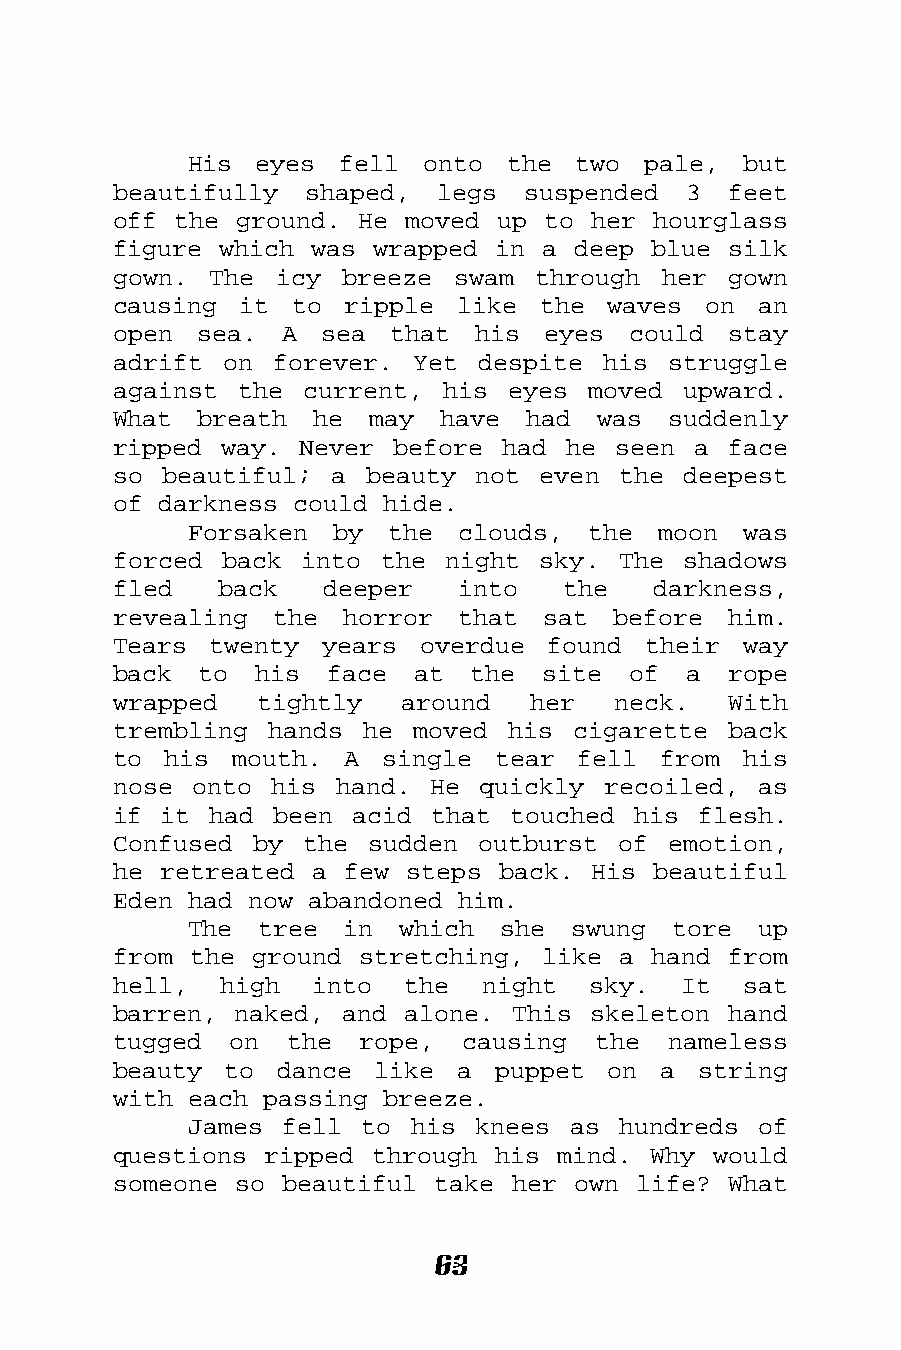
His eyes  fell onto  the  two pale,  but
 beautifully  shaped, legs  suspended  3  feet
 off the ground. He moved up to  her hourglass
 figure which was wrapped in a deep blue  silk
 gown. The  icy breeze swam  through her  gown
 causing it  to ripple  like the  waves on  an
 open sea.  A  sea that  his eyes  could  stay
 adrift on forever.  Yet despite his  struggle
 against the current,  his eyes moved  upward.
 What  breath he  may  have had  was  suddenly
 ripped way. Never before  had he seen a  face
 so beautiful; a  beauty not even the  deepest
 of darkness could hide.
 Forsaken by  the  clouds, the  moon  was
 forced back into  the night sky. The  shadows
 fled   back   deeper   into   the   darkness,
 revealing the  horror  that sat  before  him.
 Tears twenty  years overdue  found their  way
 back  to his  face  at  the site  of  a  rope
 wrapped  tightly   around  her   neck.   With
 trembling hands he  moved his cigarette  back
 to his  mouth. A  single tear  fell from  his
 nose onto his  hand. He quickly recoiled,  as
 if it had  been acid that touched his  flesh.
 Confused by the  sudden outburst of  emotion,
 he retreated a few steps back. His  beautiful
 Eden had now abandoned him.
 The  tree in  which  she swung  tore  up
 from the ground stretching, like a hand  from
 hell,  high  into  the  night  sky.  It   sat
 barren, naked, and alone. This skeleton  hand
 tugged  on the  rope,  causing  the  nameless
 beauty to  dance like  a puppet  on a  string
 with each passing breeze.
 James fell to  his knees as hundreds  of
 questions ripped through his mind. Why  would
 someone so beautiful take her own life?  What
 63